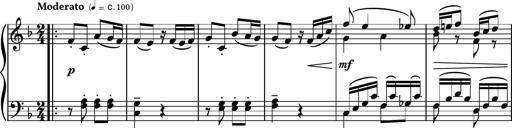
Title: Piano Sonatina II
Composer: Dimitri Sykias
Key: F major